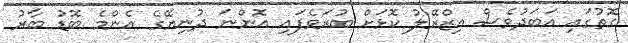
ގޮތުގައި އަބަދުވެސް އިޒްރޭލު ކޮޅަށް ބުރަވެފައި އޮންނަ ދުނިޔޭގެ އެންމެ ބޮޑު ބާރު